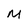
Character: M